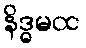
နိဒ္ဓမထ